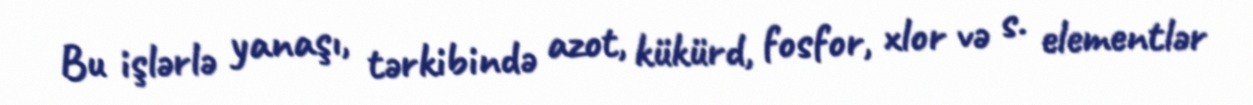
Bu işlərlə yanaşı, tərkibində azot, kükürd, fosfor, xlor və s. elementlər